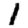
Digit: 1